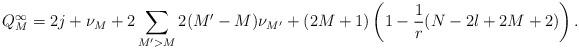
LaTeX: \begin{align*}Q_M^{\infty} = 2j+\nu_M+2\sum_{M'>M}2(M'-M)\nu_{M'}+(2M+1)\left( 1-\frac{1}{r}(N-2l+2M+2)\right). \end{align*}